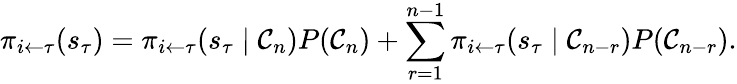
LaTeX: \pi_{i\leftarrow\tau}(s_{\tau})=\pi_{i\leftarrow\tau}(s_{\tau}\mid\mathcal C_{n})P(\mathcal C_{n})+\sum_{r=1}^{n-1}\pi_{i\leftarrow\tau}(s_{\tau}\mid\mathcal C_{n-r})P(\mathcal C_{n-r}).